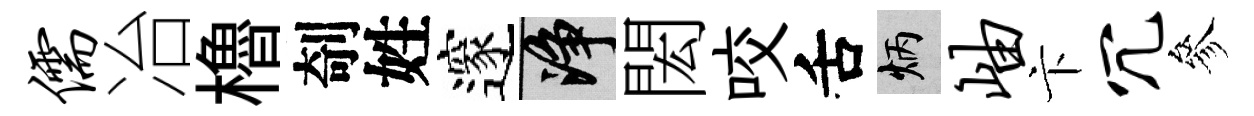
儒冶櫓剞姓邃净閎咬舌炳岫卞冗參